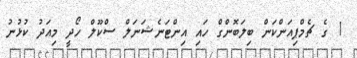
1 ގެ ޗެމްޕިއަންކަން ބިލަބޮންގް ހައި އިންޓަނެޝަނަލް ސްކޫލް ހޯދީ މިއަދު ކުޅުނު